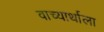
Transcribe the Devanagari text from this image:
वाच्यार्थाला